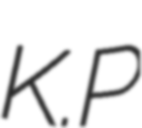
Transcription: K.P